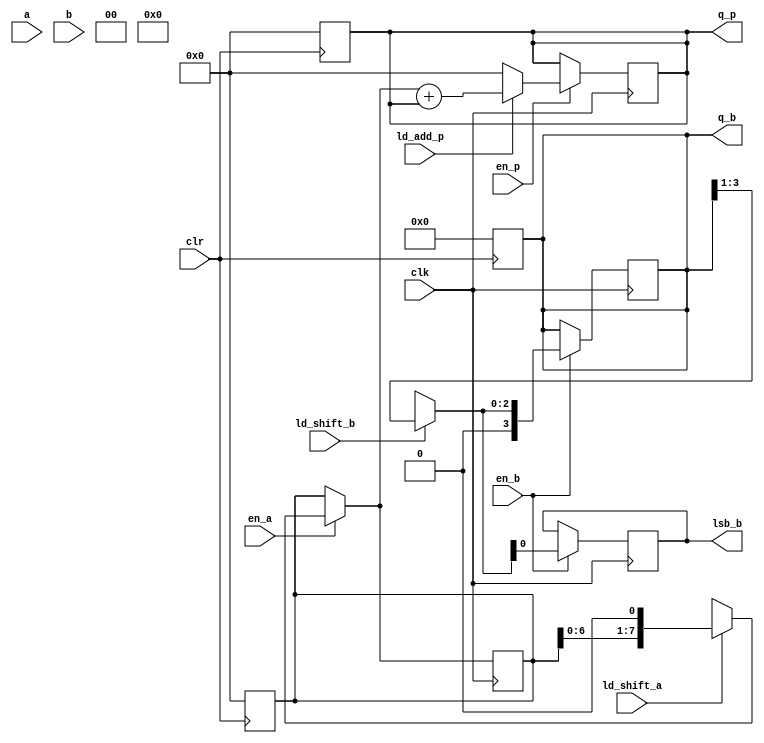
module four_bit_seq_multplr_datapath(
    input clk,
    input clr,
    input [3:0] a,
    input [3:0] b,
    input en_a,
    input ld_shift_a,
    input en_b,
    input ld_shift_b,
    input en_p,
    input ld_add_p,
    output reg [3:0] q_b,
    output reg lsb_b,
    output reg [7:0] q_p 
    );
    
    reg [7:0] q_a; // output of register A
    
    always @(posedge clk) begin
        if (en_a == 1) begin
            if (ld_shift_a == 1) begin // shift op
                q_a = q_a << 1;
            end 
            else begin                // load op
                q_a = multiplier;     // loads multiplier into register A
            end
        end
        
        if (en_b == 1) begin
            if (ld_shift_b == 1) begin // shift op
                q_b = q_b >> 1;
            end
            else begin                 // load op
                q_b = multiplicand;    // loads multiplicand into register B
            end
            
            lsb_b = q_b[0];
        end
        
        if (en_p == 1) begin
            if (ld_add_p == 1) begin // add op
                q_p = q_a + q_p;
            end
            else begin               // load op
                q_p = 0;
            end
        end 
    end
    
    always @(posedge clr) begin
        q_a = 0;
        q_b = 0;
        q_p = 0;
    end
endmodule